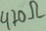
Text: 470Ω